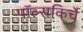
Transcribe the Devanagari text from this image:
पॉल्सकिर्चे